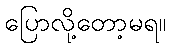
ပြောလို့တော့မရ။